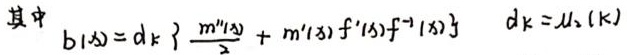
其中 $b(x)=d_{k}\left\{\frac{m^{\prime\prime}(x)}{\lambda}+m^{\prime}(x) f^{\prime}(x) f^{-1}(x)\right\} \quad d_{k}=\mathcal{U}_{2}(k)$